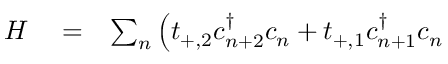
\begin{array} { r l r } { H } & { { } = } & { \sum _ { n } \left( t _ { + , 2 } c _ { n + 2 } ^ { \dag } c _ { n } + t _ { + , 1 } c _ { n + 1 } ^ { \dag } c _ { n } \right. } \end{array}